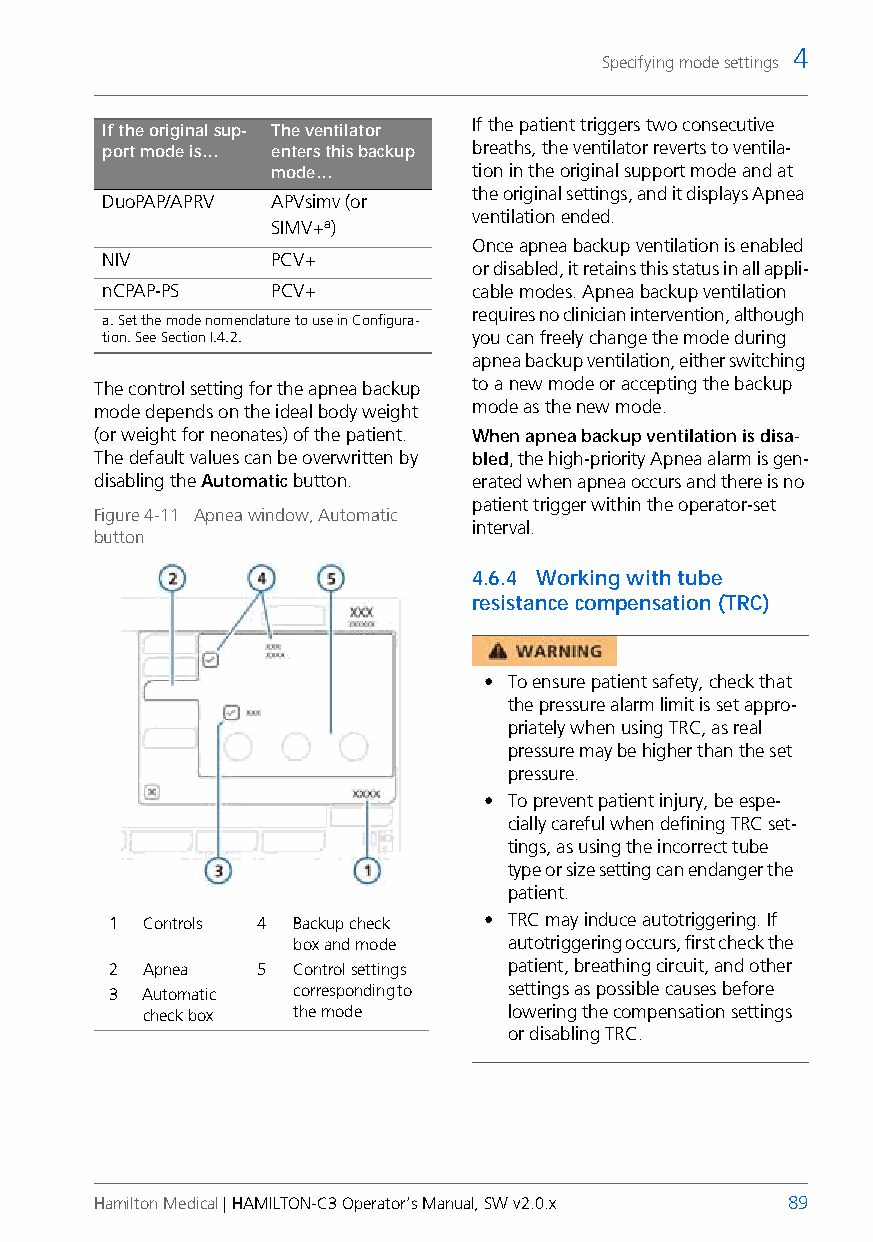
4
 Specifying mode settings
 If the patient triggers two consecutive
 If the original sup- The ventilator
 port mode is… enters this backup breaths, the ventilator reverts to ventila-
 mode…        tion in the original support mode and at
 the original settings, and it displays Apnea
 DuoPAP/APRV APVsimv (or
 ventilation ended.
 SIMV+a)
 Once apnea backup ventilation is enabled
 NIV        PCV+
 or disabled, it retains this status in all appli-
 nCPAP-PS   PCV+         cable modes. Apnea backup ventilation
 requires no clinician intervention, although
 a. Set the mode nomenclature to use in Configura-
 tion. See Section I.4.2. you can freely change the mode during
 apnea backup ventilation, either switching
 The control setting for the apnea backup to a new mode or accepting the backup
 mode depends on the ideal body weight mode as the new mode.
 (or weight for neonates) of the patient. When apnea backup ventilation is disa-
 The default values can be overwritten by bled, the high-priority Apnea alarm is gen-
 disabling the Automatic button. erated when apnea occurs and there is no
 patient trigger within the operator-set
 Figure 4-11 Apnea window, Automatic
 interval.
 button
 4.6.4 Working with tube
 resistance compensation (TRC)
 • To ensure patient safety, check that
 the pressure alarm limit is set appro-
 priately when using TRC, as real
 pressure may be higher than the set
 pressure.
 • To prevent patient injury, be espe-
 cially careful when defining TRC set-
 tings, as using the incorrect tube
 type or size setting can endanger the
 patient.
 1  Controls 4 Backup check • TRC may induce autotriggering. If
 box and mode  autotriggering occurs, first check the
 2  Apnea  5  Control settings patient, breathing circuit, and other
 3  Automatic corresponding to settings as possible causes before
 check box the mode      lowering the compensation settings
 or disabling TRC.
 Hamilton Medical | HAMILTON-C3 Operator’s Manual, SW v2.0.x 89